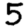
Digit: 5